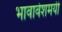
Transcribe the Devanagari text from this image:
भावावेशमयी